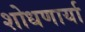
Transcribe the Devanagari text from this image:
शोधणार्या